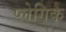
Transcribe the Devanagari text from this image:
प्लेगिक